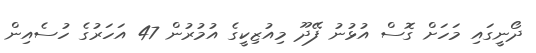
ދޯނީގައި މަހަށް ގޮސް އުޅުނު ފޭދޫ މިއުޒިކީގެ އުމުރުން 47 އަހަރުގެ ހުސެއިން